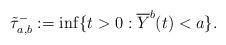
LaTeX: \begin{align*}\tilde{\tau}_{a,b}^- := \inf \{ t > 0: \overline{Y}^b(t) < a\}. \end{align*}